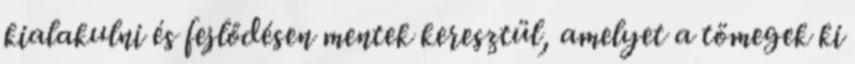
kialakulni és fejlődésen mentek keresztül, amelyet a tömegek ki